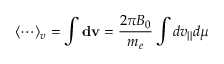
\langle \cdots \rangle _ { v } = \int \mathbf { d v } = \frac { 2 \pi B _ { 0 } } { m _ { e } } \int d v _ { | | } d \mu